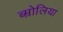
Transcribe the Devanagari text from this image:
ब्म्रोलिया